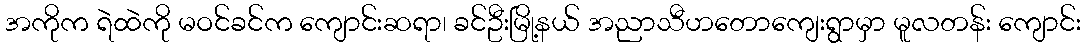
အကိုက ရဲထဲကို မဝင်ခင်က ကျောင်းဆရာ၊ ခင်ဦးမြို့နယ် အညာသီဟတောကျေးရွာမှာ မူလတန်း ကျောင်း